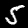
Label: 5